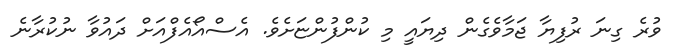
ވުރެ ގިނަ ރުފިޔާ ޖަމާވެގެން ދިޔައީ މި ކުންފުންޏަށެވެ. އެސްއޯއެފްއަށް ދައުވާ ނުކުރާނެ